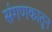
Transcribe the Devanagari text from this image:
संगणकातुन